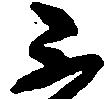
不